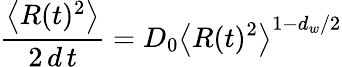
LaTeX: \frac{\left\langle R(t)^{2}\right\rangle}{2\, d\, t}=D_{0}\left\langle R(t)^{2}\right\rangle^{1-d_{w}/2}